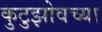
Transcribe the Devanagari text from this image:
कुटुझोवच्या